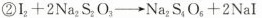
②I_{2}+2Na_{2}S_{2}O_{3}→Na_{2}S_{4}O_{6}+2NaI